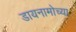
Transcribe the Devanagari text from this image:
डायनामोच्या